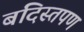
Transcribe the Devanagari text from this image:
बंदिस्तपण